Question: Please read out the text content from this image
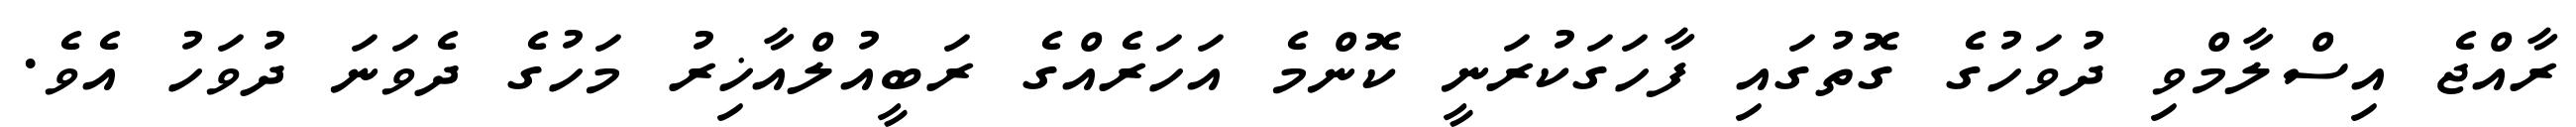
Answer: ރާއްޖެ އިސްލާމްވި ދުވަހުގެ ގޮތުގައި ފާހަގަކުރަނީ ކޮންމެ އަހަރެއްގެ ރަބީއުލްއާޚިރު މަހުގެ ދެވަނަ ދުވަހު އެވެ.